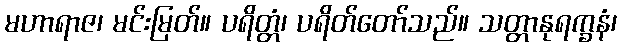
မဟာရာဇ၊ မင်းမြတ်။ ပရိတ္တံ၊ ပရိတ်တော်သည်။ သတ္တာနုရက္ခနံ၊